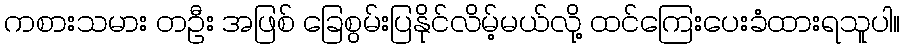
ကစားသမား တဦး အဖြစ် ခြေစွမ်းပြနိုင်လိမ့်မယ်လို့ ထင်ကြေးပေးခံထားရသူပါ။